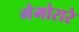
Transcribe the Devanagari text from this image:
मेमोरारे